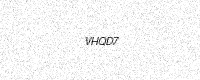
Text: VHQD7